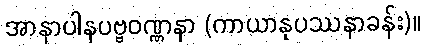
အာနာပါနပဗ္ဗဝဏ္ဏနာ (ကာယာနုပဿနာခန်း)။